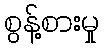
စွန့်စားမှု